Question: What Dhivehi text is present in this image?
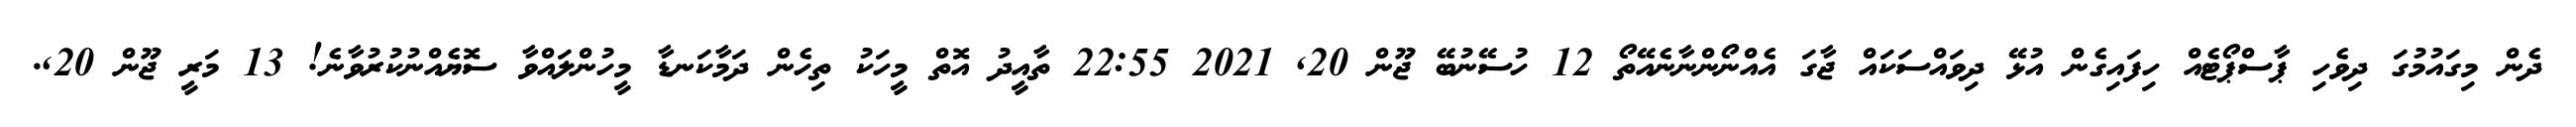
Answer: ދެން މިގައުމުގަ ދިވެހި ޕާސްޕޯޓެއް ހިފައިގެން އުޅޭ ދިވައްސަކައް ޖާގަ އެއްނޯންނާނެއޭތޯ 12 ހުސޭނުބޭ ޖޫން 20, 2021 22:55 ތާއީދު އޮތް މީހަކު ތިހެން ދަމާކަނޑާ މީހުންލައްވާ ސޮޔެއްނުކުރުވާނެ! 13 މަރީ ޖޫން 20,.